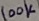
Text: 100K